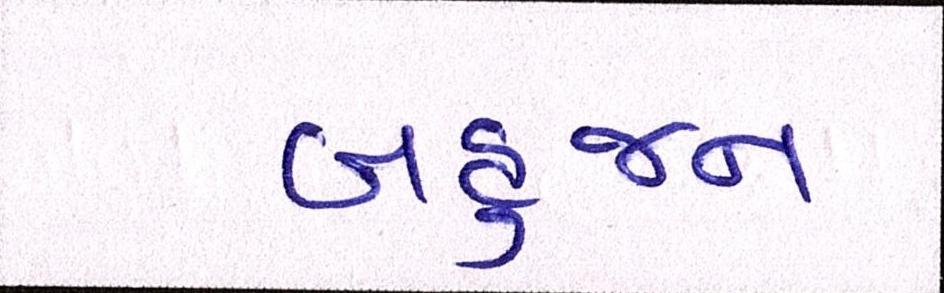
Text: બહુજન